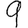
Digit: 9